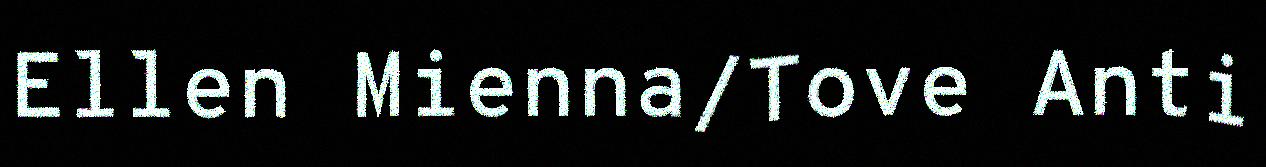
Ellen Mienna/Tove Anti